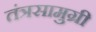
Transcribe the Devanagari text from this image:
तंत्रसामुग्री